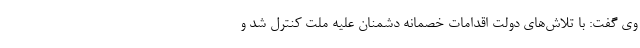
وی گفت: با تلاش‌های دولت اقدامات خصمانه دشمنان علیه ملت کنترل شد و